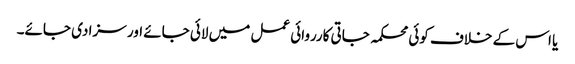
یا اس کے خلاف کوئی محکمہ جاتی کارروائی عمل میں لائی جائے اور سزا دی جائے۔